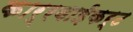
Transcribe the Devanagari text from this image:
कार्रवाईकर्ट